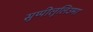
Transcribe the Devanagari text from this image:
सुप्पीलुलिउमा